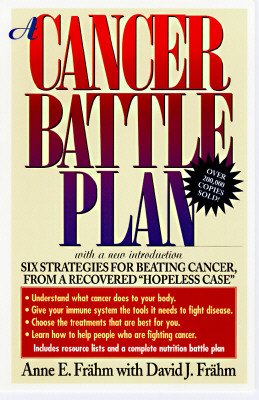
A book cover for A Cancer Battle Plan: Six Strategies for Beating Cancer from a Recovered "Hopeless Case" [CANCER BATTLE PLAN]; Cookbooks, Food & Wine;